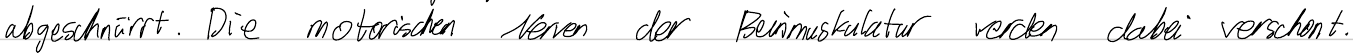
abgeschnürt. Die motorischen Nerven der Beinmuskulatur werden dabei verschont.